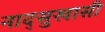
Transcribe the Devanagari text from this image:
नाद्सुखासी